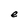
Character: e